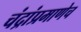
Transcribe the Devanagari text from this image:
चंद्रांप्रमाणेच